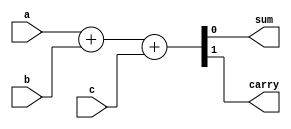
module fulladder0
(
output wire sum,carry,
input wire a,b,c
);
assign {carry,sum}=a+b+c;
endmodule